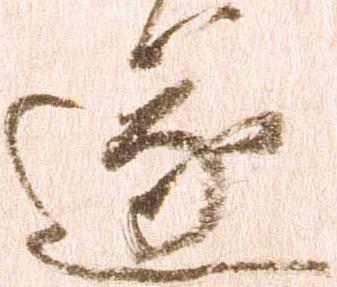
遂